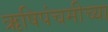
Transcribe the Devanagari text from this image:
ऋषिपंचमीच्या